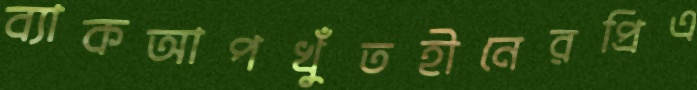
ব্যাকআপখুঁতহীনেরপ্রিএ